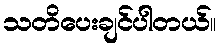
သတိပေးချင်ပါတယ်။